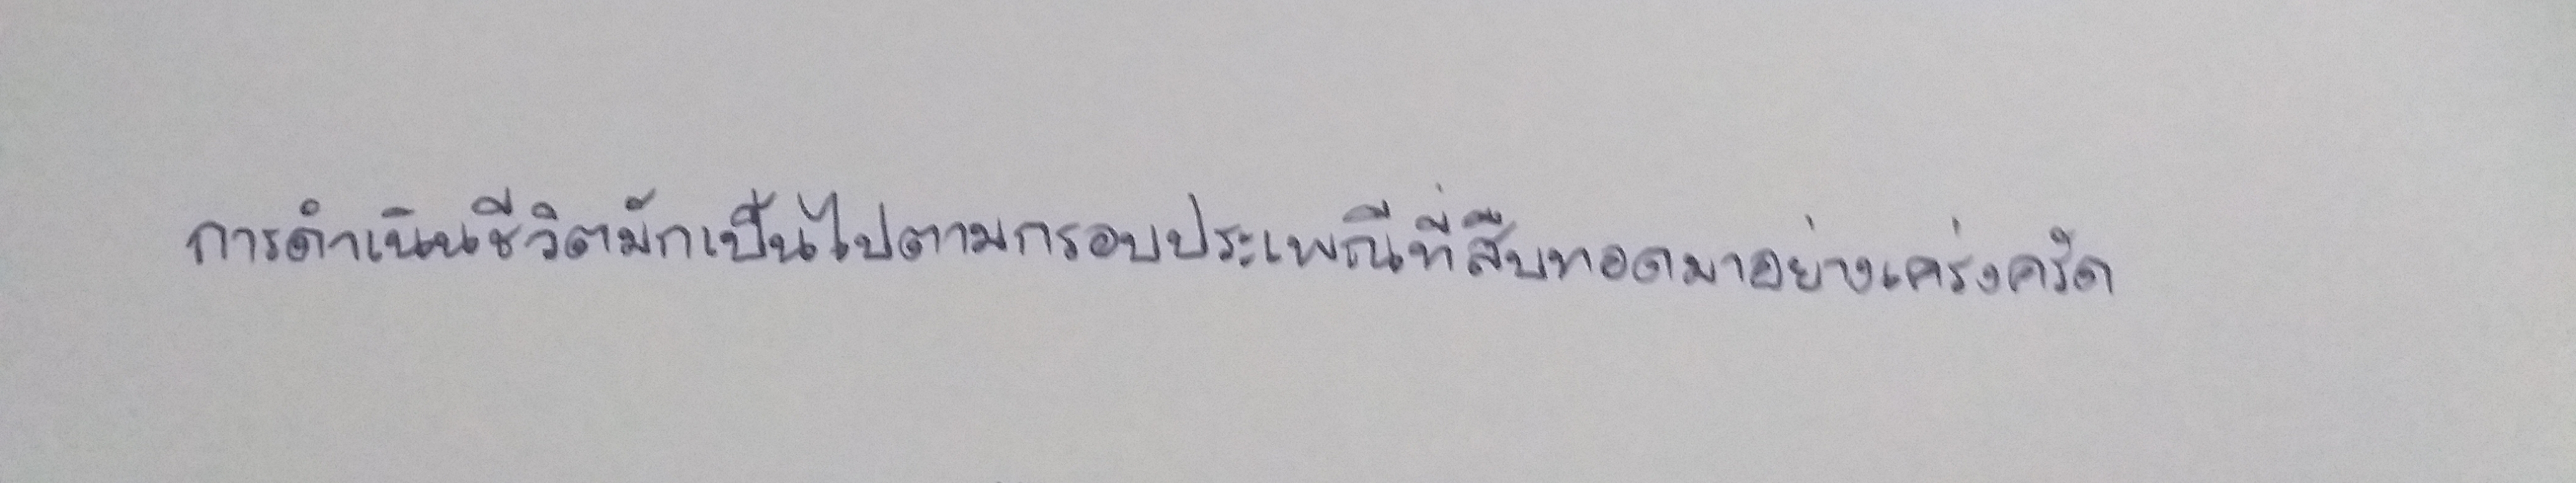
การดำเนินชีวิตมักเป็นไปตามกรอบประเพณีที่สืบทอดมาอย่างเคร่งครัด